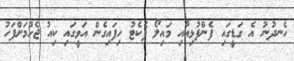
ހެނދުނު އެ ގަޑީގައި ފެންފުޅިއާއި މައިލޯ ޕެކެޓު ހިފައިގެން އަވީގައި ކިއު ޖެހުމަށްފަހު